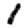
Digit: 1